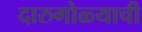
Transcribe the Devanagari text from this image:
दारुगोळ्याची